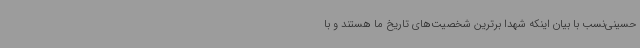
حسینی‌نسب با بیان اینکه شهدا برترین شخصیت‌های تاریخ ما هستند و با